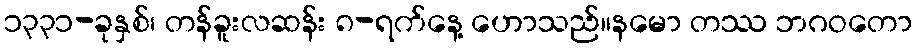
၁၃၃၁-ခုနှစ်၊ တန်ခူးလဆန်း ၈-ရက်နေ့ ဟောသည်။နမော တဿ ဘဂဝတော